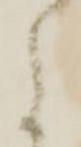
に